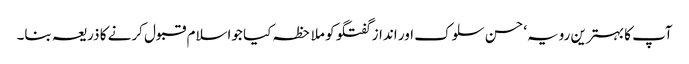
آپ کا بہترین رویہ‘ حسن سلوک اور انداز گفتگو کو ملاحظہ کیا جواسلام قبول کرنے کا ذریعہ بنا۔